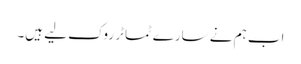
اب ہم نے سارے ٹماٹر روک لیے ہیں۔